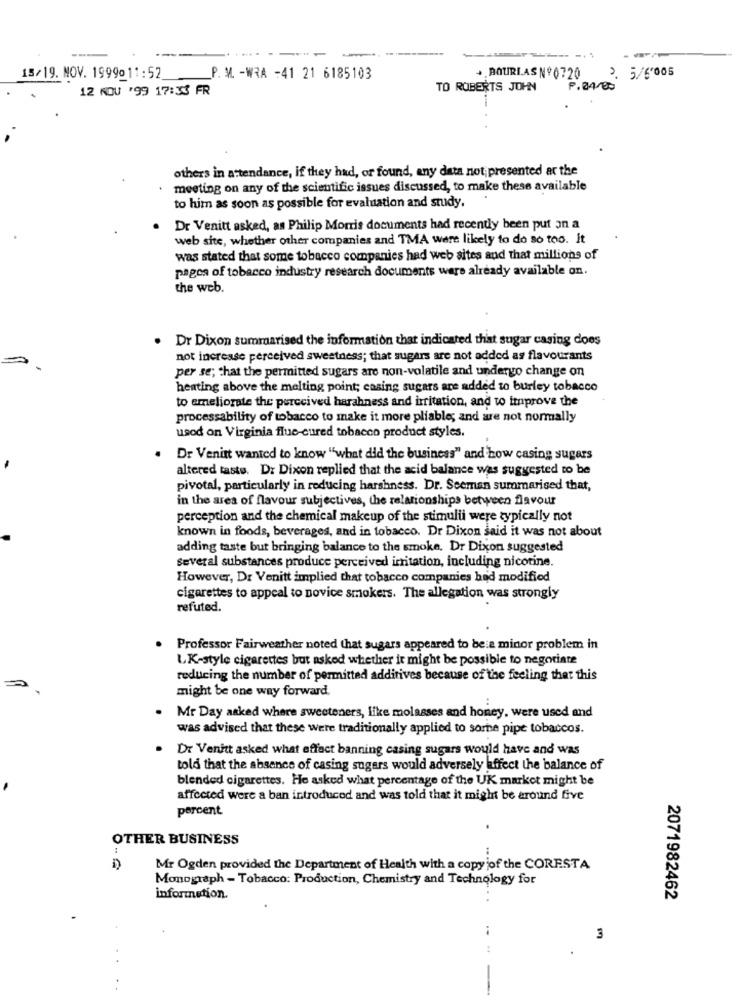
15/19. NOV. 1999011:52
P. M. - WRA -41 21 6185103
+BOURIAS Nº0720
2. 5/6'005
12 NOU '99 17:33 FR
TO ROBERTS JOHN
P.84/00
-
others in attendance, if they had, or found, any data not; presented at the
meeting on any of the scientific issues discussed, to make these available
to him as soon as possible for evaluation and study.
. Dr Venitt asked, as Philip Morris documents had recently been put on a
web site, whether other companies and TMA were likely to do so too. It
was stated that some tobacco companies had web sites and that millions of
pages of tobacco industry research documents were already available on.
the web.
. Dr Dixon summarised the information that indicated that sugar casing does
not increase perceived sweetness; that sugars are not added as flavourants
per se; that the permitted sugars are non-volatile and undergo change on
heating above the melting point; casing sugars are added to burley tobacco
to emeliorate the perceived harahness and irritation, and to improve the
processability of tobacco to make it more pliable; and are not normally
usod on Virginia flue-cured tobacco product styles.
Dr Venirt wanted to know "what did the business" and how casing sugars
altered taste. Dr Dixon replied that the acid balance was suggested to be
pivotal, particularly in reducing harshness. Dr. Seeman suramarised that,
in the area of flavour subjectives, the relationships between flavour
perception and the chemical makeup of the stimulii were typically not
known in foods, beverages, and in tobacco. Dr Dixon said it was not about
adding taste but bringing balance to the smoke. Dr Dixon suggested
several substances produce perceived irritation, including nicotine.
However, Dr Venitt implied that tobacco companies had modified
cigarettes to appeal to novice smokers. The allegation was strongly
refuted.
Professor Fairweather noted that sugars appeared to be a minor problem in
LK-style cigarettes but asked whether it might be possible to negotiate
reducing the number of permitted additives because of the feeling that this
might be one way forward.
Mr Day asked where sweeteners, like molasses and honey, were used and
was advised that these were traditionally applied to some pipe tobaccos.
Dr Venitt asked what effect banning casing sugars would have and was
told that the absence of casing sugars would adversely affect the balance of
blended cigarettes. He asked what percentage of the UK market might be
affected were a ban introduced and was told that it might be around five
percent
OTHER BUSINESS
Mr Ogden provided the Department of Health with a copy jof the CORESTA
Monograph - Tobacco: Production, Chemistry and Technology for
information.
2071982462
3